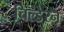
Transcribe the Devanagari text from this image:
चिल्डे्रन